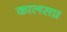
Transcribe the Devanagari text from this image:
कालसप्र